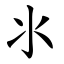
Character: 氺